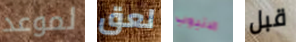
لموعد لعق الانبوب قبل